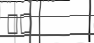
٩٣